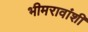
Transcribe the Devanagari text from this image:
भीमरावांशी